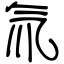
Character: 氚